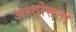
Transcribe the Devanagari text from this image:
अस्तोसतो